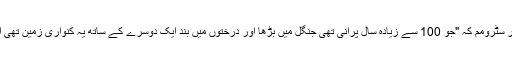
"اس کی لکڑی" نووآرا نے وضاحت کی وہ ایک کسٹم ووڈ گٹار سٹرومم کہ "جو 100 سے زیادہ سال پرانی تھی جنگل میں بڑھا اور درختوں میں بند ایک دوسرے کے ساتھ یہ کنواری زمین تھی اور چھتر درختوں جیسے سست اتنی موٹی تھی کیونکہ بڑھتا ۔